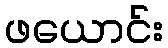
ဖယောင်း